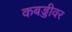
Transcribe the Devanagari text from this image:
कबड्डीवर